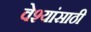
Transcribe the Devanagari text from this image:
वेश्यांसाठी